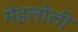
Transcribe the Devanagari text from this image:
मेहलोली